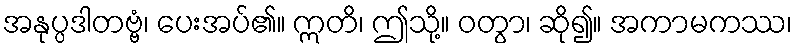
အနုပ္ပဒါတဗ္ဗံ၊ ပေးအပ်၏။ ဣတိ၊ ဤသို့။ ဝတွာ၊ ဆို၍။ အကာမကဿ၊